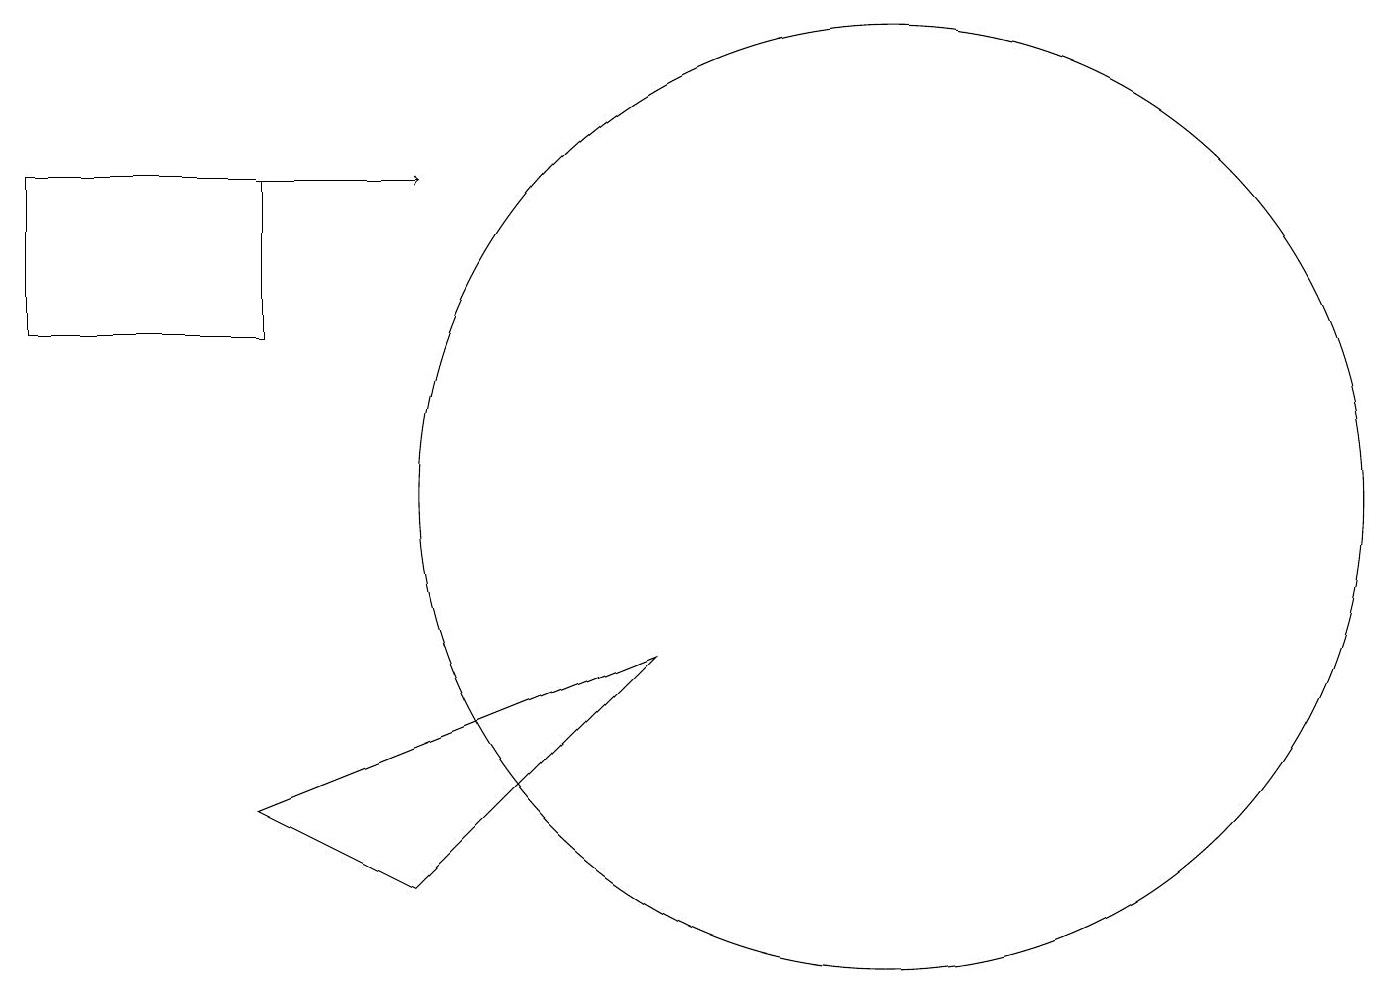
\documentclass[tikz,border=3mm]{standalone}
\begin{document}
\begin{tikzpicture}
\draw[->] (0,14) -- (5,14);
\draw (11,10) circle (6);
\draw (3,14) rectangle (0,12);
\draw (3,6) -- (5,5) -- (8,8) -- cycle;
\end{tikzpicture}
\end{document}